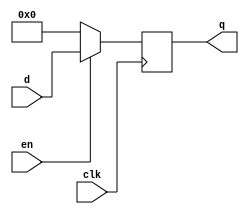
module dffre2(clk, d, q, en);
parameter n = 32;
input clk, en;
input [n-1:0] d;
output [n-1:0] q;
reg [n-1:0] q;
always @(posedge clk)
	if (en==1)
		q = d ;
	else
	   q=0;
endmodule

module dffre(clk, d, q, en);
parameter n = 32;
input clk, en;
input [n-1:0] d;
output [n-1:0] q;
reg [n-1:0] q;
always @(posedge clk)
	if (en==1)
		q = d ;
endmodule